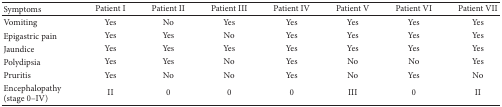
<table><thead><tr><td><b>Symptoms</b></td><td><b>Patient I</b></td><td><b>Patient II</b></td><td><b>Patient III</b></td><td><b>Patient IV</b></td><td><b>Patient V</b></td><td><b>Patient VI</b></td><td><b>Patient VII</b></td></tr></thead><tbody><tr><td>Vomiting</td><td>Yes</td><td>No</td><td>Yes</td><td>Yes</td><td>Yes</td><td>Yes</td><td>Yes</td></tr><tr><td>Epigastric pain</td><td>Yes</td><td>Yes</td><td>No</td><td>Yes</td><td>Yes</td><td>Yes</td><td>Yes</td></tr><tr><td>Jaundice</td><td>Yes</td><td>Yes</td><td>Yes</td><td>Yes</td><td>Yes</td><td>Yes</td><td>Yes</td></tr><tr><td>Polydipsia</td><td>Yes</td><td>Yes</td><td>No</td><td>Yes</td><td>No</td><td>No </td><td>Yes</td></tr><tr><td>Pruritis</td><td>Yes</td><td>No</td><td>No</td><td>Yes</td><td>No</td><td>Yes</td><td>No</td></tr><tr><td>Encephalopathy (stage 0–IV)</td><td>II</td><td>0</td><td>0</td><td>0</td><td>III</td><td>0</td><td>II</td></tr></tbody></table>